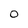
Character: 0